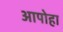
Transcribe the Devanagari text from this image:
आपोहा